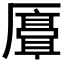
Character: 𫨣